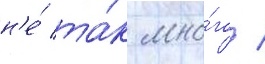
н'е́ та́к мно́го /